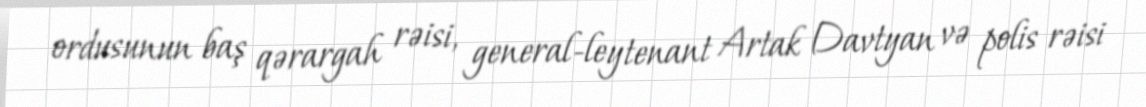
ordusunun baş qərargah rəisi, general-leytenant Artak Davtyan və polis rəisi